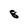
Character: 8